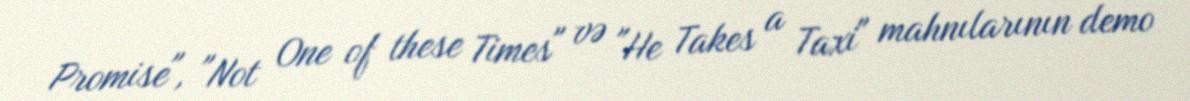
Promise", "Not One of these Times" və "He Takes a Taxi" mahnılarının demo